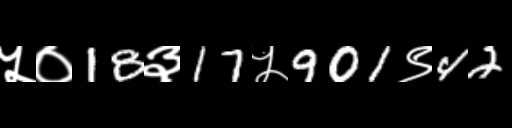
Text: ५०18३17५901९42